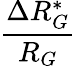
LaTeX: \frac{\Delta R_{G}^{*}}{R_{G}}